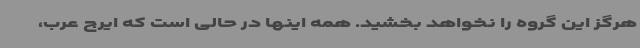
هرگز این گروه را نخواهد بخشید. همه اینها در حالی است که ایرج عرب،